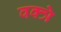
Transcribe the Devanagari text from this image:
वक्त्रे